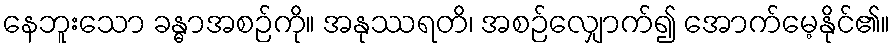
နေဘူးသော ခန္ဓာအစဉ်ကို။ အနုဿရတိ၊ အစဉ်လျှောက်၍ အောက်မေ့နိုင်၏။